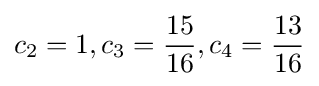
c_{2}=1,c_{3}={\frac {15}{16}},c_{4}={\frac {13}{16}}